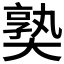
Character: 𡙰